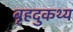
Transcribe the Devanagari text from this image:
बृहदुकथ्य